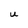
Character: U